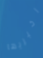
اخبريها